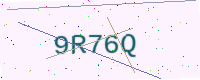
Text: 9R76Q